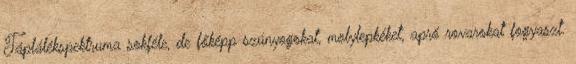
Táplálékspektruma sokféle, de főképp szúnyogokat, molylepkéket, apró rovarokat fogyaszt.